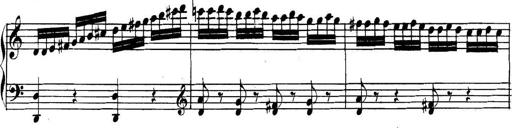
Title: Collected Piano Sonatas
Composer: Muzio Clementi